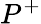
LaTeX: P^{+}